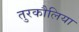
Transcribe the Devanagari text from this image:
तुरकौलिया